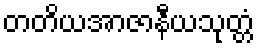
တတိယအာဇာနီယသုတ္တံ